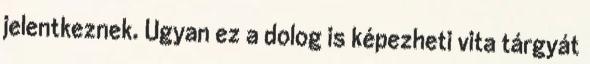
jelentkeznek. Ugyan ez a dolog is képezheti vita tárgyát